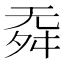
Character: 𣄳